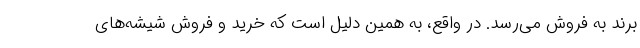
برند به فروش می‌رسد. در واقع، به همین دلیل است که خرید و فروش شیشه‌های